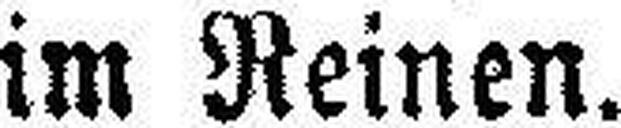
im Reinen.